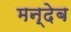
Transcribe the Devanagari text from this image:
मन्देब